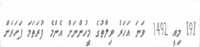
[9] މިއީ 1492 ވަނަ އަހަރު ވިލާތުގެ މީހުންނަށް އެންމެ ފުރަތަމަ ފަހަރަށް